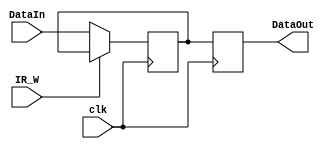
`timescale 1ns / 1ps
//////////////////////////////////////////////////////////////////////////////////
// Company: 
// Engineer: 
// 
// Design Name: 
// Module Name:    InstruccionReg 
// Project Name: 
// Target Devices: 
// Tool versions: 
// Description: 
//
// Dependencies: 
//
// Revision: 
// Revision 0.01 - File Created
// Additional Comments: 
//
//////////////////////////////////////////////////////////////////////////////////
module InstruccionReg(
	input wire [31:0] DataIn,
	input wire IR_W,
	output reg [31:0] DataOut,
	input wire clk
);

reg [31:0] MEMO;

initial begin
MEMO=0;
end

// Using @(addr) will lead to unexpected behavior as memories are synchronous elements like registers
always @(posedge clk) begin
	if(IR_W)begin
		DataOut <= MEMO;
	end
	else begin
		DataOut <= MEMO;
	   MEMO <= DataIn;
	end
end
endmodule